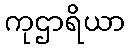
ကုဌာရိယာ